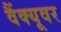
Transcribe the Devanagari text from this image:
वैंक्यूवर